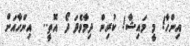
އިންހާ! މީ މައިޝާ! ކުރިން ދިމާވެފަ ދޯ އޮތީ..  އިންހާއަށް